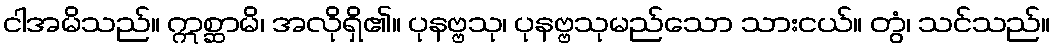
ငါအမိသည်။ ဣစ္ဆာမိ၊ အလိုရှိ၏။ ပုနဗ္ဗသု၊ ပုနဗ္ဗသုမည်သော သားငယ်။ တွံ၊ သင်သည်။